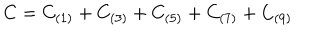
LaTeX: C = C _ { ( 1 ) } + C _ { ( 3 ) } + C _ { ( 5 ) } + C _ { ( 7 ) } + C _ { ( 9 ) }